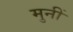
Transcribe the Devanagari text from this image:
मुनीं